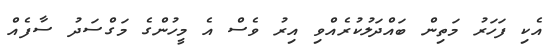
އެކި ފަހަރު މަތިން ބައްދަލުކުރެއްވި އިރު ވެސް އެ މީހުންގެ މަގްސަދު ސާފެއް